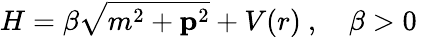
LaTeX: H=\beta\sqrt{m^{2}+{\mathbf p}^{2}}+V(r)\ ,\quad\beta>0\,